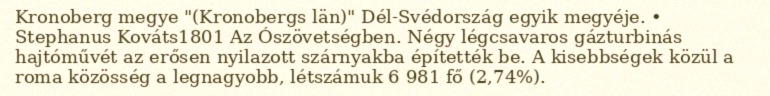
Kronoberg megye "(Kronobergs län)" Dél-Svédország egyik megyéje. • Stephanus Kováts1801 Az Ószövetségben. Négy légcsavaros gázturbinás hajtóművét az erősen nyilazott szárnyakba építették be. A kisebbségek közül a roma közösség a legnagyobb, létszámuk 6 981 fő (2,74%).